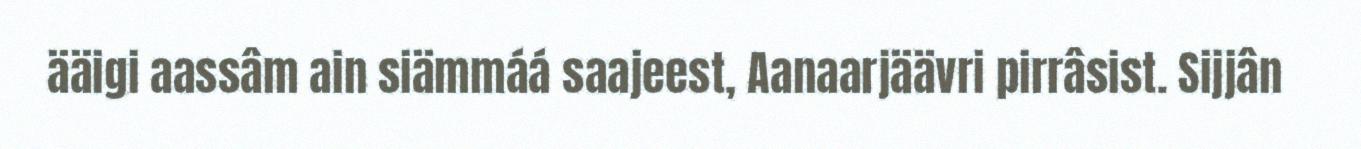
ääigi aassâm ain siämmáá saajeest, Aanaarjäävri pirrâsist. Sijjân